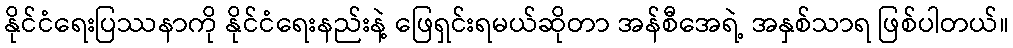
နိုင်ငံရေးပြဿနာကို နိုင်ငံရေးနည်းနဲ့ ဖြေရှင်းရမယ်ဆိုတာ အန်စီအေရဲ့ အနှစ်သာရ ဖြစ်ပါတယ်။